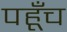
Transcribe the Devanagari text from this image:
पहूँच